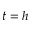
t = h